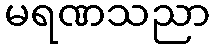
မရဏသညာ